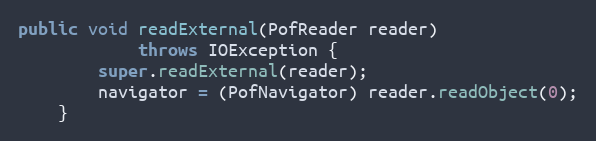
Language: Java
public void readExternal(PofReader reader)
            throws IOException {
        super.readExternal(reader);
        navigator = (PofNavigator) reader.readObject(0);
    }